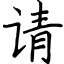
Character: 请